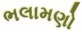
ભલામણો